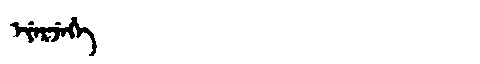
Manchu: ᡝᠶᡝᡵᠵᡝᡥᡝ
Romanization: EYERJEHE